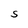
Character: S